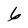
Character: 6